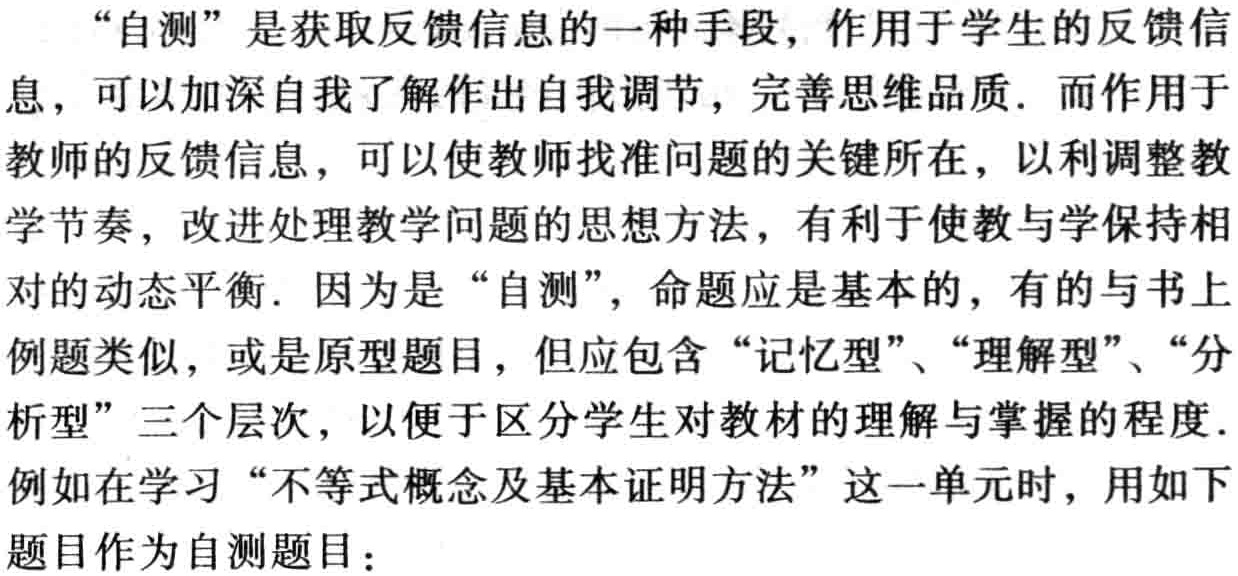
“自测”是获取反馈信息的一种手段，作用于学生的反馈信息，可以加深自我了解作出自我调节，完善思维品质. 而作用于教师的反馈信息，可以使教师找准问题的关键所在，以利调整教学节奏，改进处理教学问题的思想方法，有利于使教与学保持相对的动态平衡. 因为是“自测”，命题应是基本的，有的与书上例题类似，或是原型题目，但应包含“记忆型”、“理解型”、“分析型”三个层次，以便于区分学生对教材的理解与掌握的程度. 例如在学习“不等式概念及基本证明方法”这一单元时，用如下题目作为自测题目：